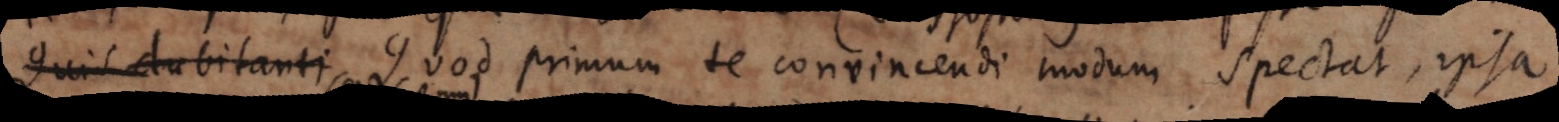
quis dubitanti .Quod primum te convincendi modum spectat, ipsa